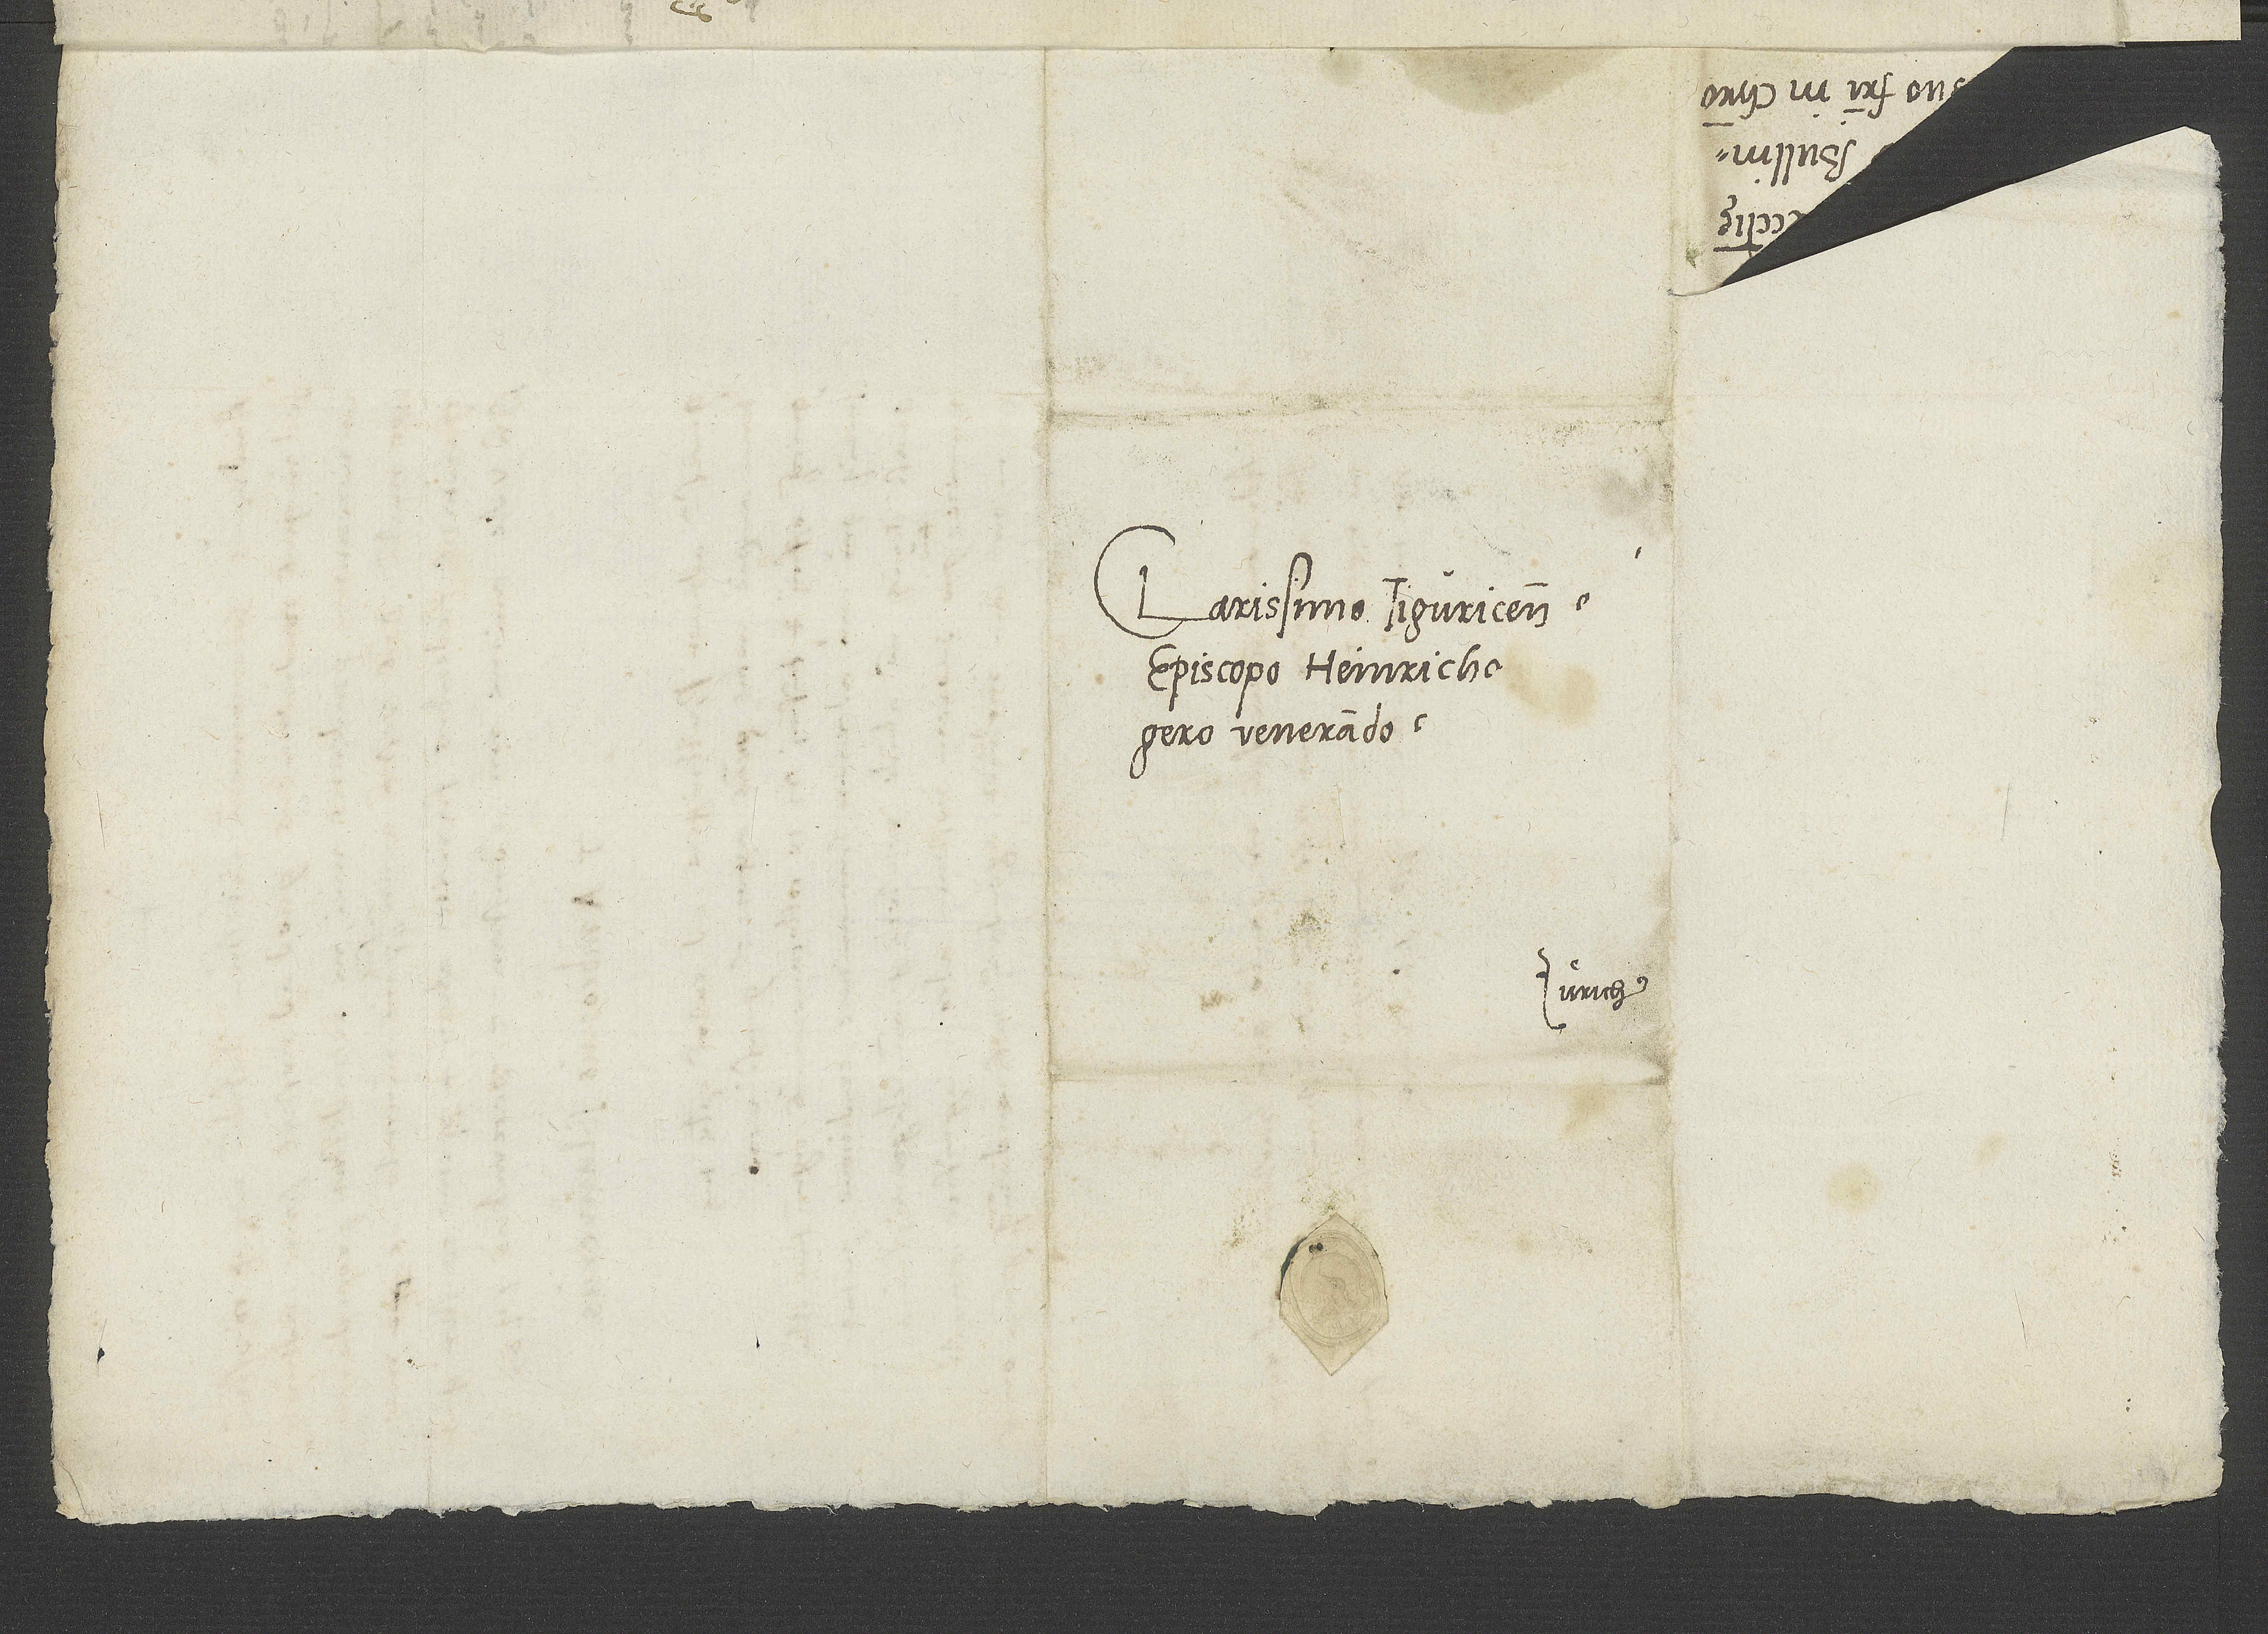
Clarissimo Tiguricensis
episcopo Heinricho
venerando